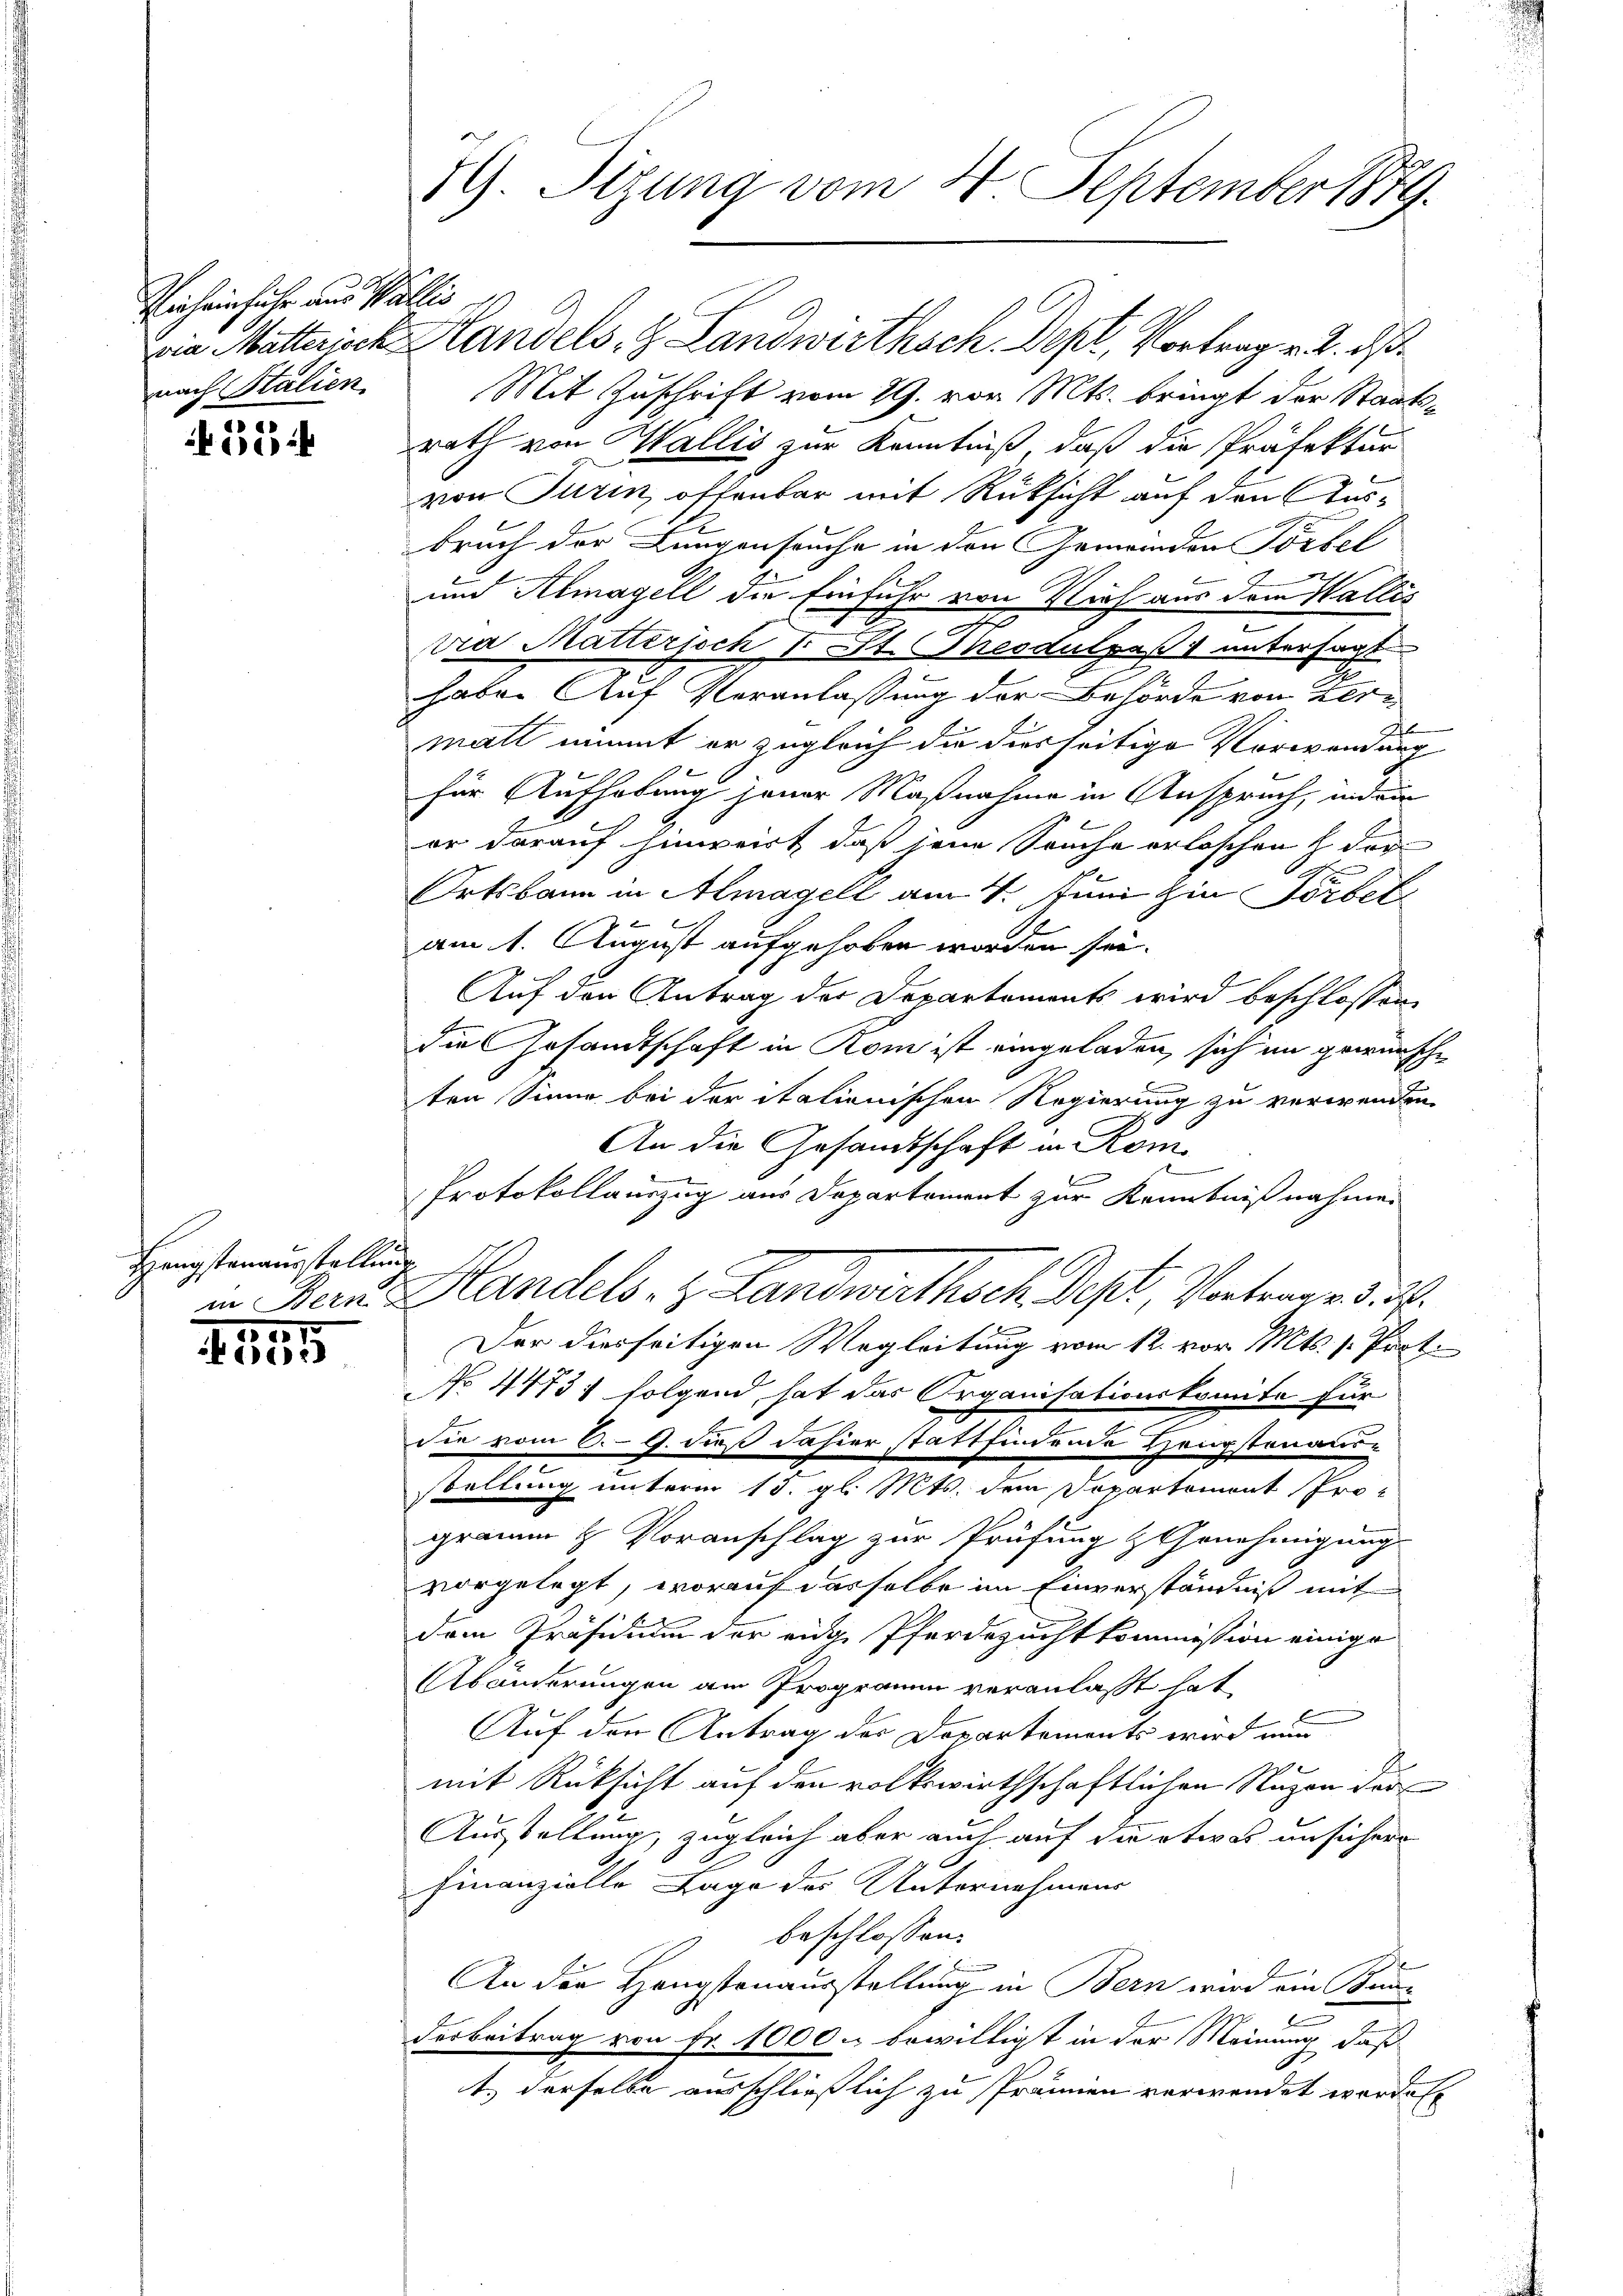
Viecheinfuhr aus Wallis
nach Stalien.

12

Hengstenausstellung
in Bern

051.
a

59. Sitzung vom 20. September 1879

wie Mutterich Handels- & Landwirthsch. Dept, Vortrag v. 2. ds.
Mit Zuschrift vom 29. vor Mts. bringt der Staatsrath von Wallis zur Kenntniß, daß die Präfektur
von Turin offenbar mit Rüksicht auf den Ausbruch der Lungenseuche in den Gemeinden Förbel
und Almagell die Einfuhr von Vieh aus dem Wallis
.
Da Matterjoch Fr. Zt. Theodulpeß 1 untersagt
2
i
habe. Auf Veranlassung der Behörde von Zer-
matt nimmt er zugleich die diesseitige Vorwendung
für Aufhebung jener Maßnahme in Anspruch, indem
er darauf hinweist, daß jene Seuche erloschen & der
Ortsbann in Almagell am 4. Juni in Förbet
am 1. August aufgehoben worden sei.
Auf den Antrag der Departements wird beschlossen,
die Gesandtschaft in Kom ist eingeladen, sich an gewünsche
ten Sinne bei der itationischen Regierung zu verwenden.
An die Gesandtschaft in Kom¬
Protokollauszug aus Departement zur Kenntnißnahmen
i
Handels- & Landwirthsch. Sept, Vortrag d. d.
u
Der diesseitigen Wegleitung vom 12. vor. Mts. s. Prot.
No 4473; folgend hat das Organisationskomita für
Sie vom 6. 9. dieß dahier stattfindende Hengstenaus-
stellung unterm 15. gl. Mts. dem Dopartemont Pro-
gramm H. Voranschlag zur Prüfung & Genehmigung
vorgelegt, worauf dasselbe im Einverständniß mit
dem Präsidium der eine Pferdezucht kommission einige
Abänderungen am Programm veranlaßt hat,
Auf den Antrag der Departements wird nun

mit Rücksicht auf den volkswirthschaftlichen Nagen der
Ausstellung, zugleich aber auch auf die etwas unsichere
Finanzielle Lage des Unternehmens
beschlossen:
2
An die Hengstenausstellung in Bern wird ein Bunderbeitrag von Fr. 1000. bewilligt in der Meinung, daß
t, derselbe ausschließlich zu Prämien verwendet worden.